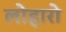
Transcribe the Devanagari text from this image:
लोहारो